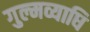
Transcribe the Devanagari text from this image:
गुल्मव्याधि